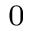
_ 0